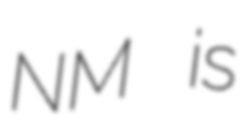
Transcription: NM is